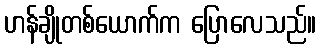
ဟန်ချိုတစ်ယောက်က ပြောလေသည်။